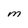
Character: M